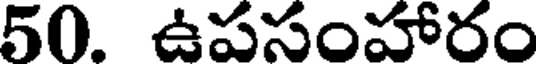
50. ఉపసంహారం